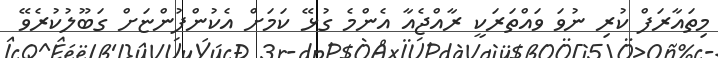
މިތައާރަފް ކުރި ނުވަ ވައްތަރަކީ ރާއްޖެއާ އެންމެ ގުޅޭ ކަމަށް އެކުންފުންޏަށް ގަބޫލުކުރެވޭ